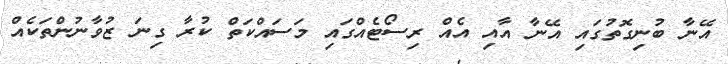
އޭނާ ބުނިގޮތުގައި އޭނާ އާއި އެއް ރިސޯޓެއްގައި މަސައްކަތް ކުރާ ގިނަ ޒުވާނުންތަކެއް